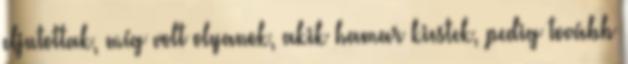
eljutottak, míg volt olyanok, akik hamar kiestek, pedig tovább